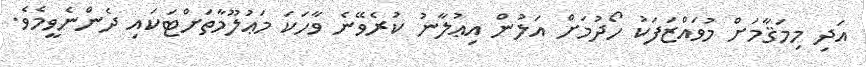
އަދި މިމަޤާމަށް މުވައްޒަފަކު ހޯދުމަށް އަލުން އިޢުލާނު ކުރެވޭނެ ވާހަކަ މަޢުލޫމާތަށްޓަކައި ދެންނެވީމެވެ.